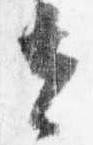
去